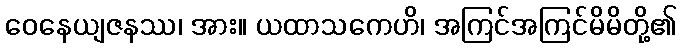
ဝေနေယျဇနဿ၊ အား။ ယထာသကေဟိ၊ အကြင်အကြင်မိမိတို့၏